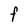
Character: F